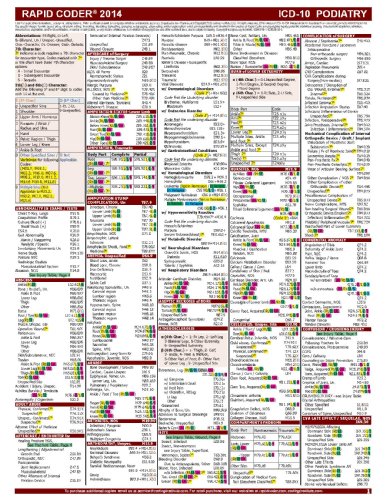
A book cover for ICD-10 2014 Rapid Coder for Podiatry; Coding Institute; Medical Books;